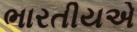
ભારતીયએ